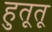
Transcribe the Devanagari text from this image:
हुतूतू